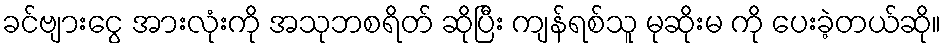
ခင်ဗျားငွေ အားလုံးကို အသုဘစရိတ် ဆိုပြီး ကျန်ရစ်သူ မုဆိုးမ ကို ပေးခဲ့တယ်ဆို။